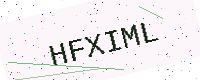
Text: HFXIML